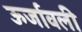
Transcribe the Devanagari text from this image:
ऊर्जावली